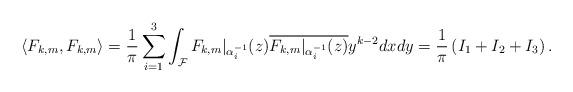
LaTeX: \begin{align*}\langle F_{k,m},F_{k,m} \rangle = \frac{1}{\pi}\sum_{i=1}^3 \int_{\mathcal{F}} F_{k,m}|_{\alpha_i^{-1}} (z) \overline{F_{k,m}|_{\alpha_i^{-1}} (z)} y^{k-2} dx dy = \frac{1}{\pi} \left( I_1 + I_2 + I_3 \right). \end{align*}